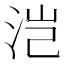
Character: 𰛥